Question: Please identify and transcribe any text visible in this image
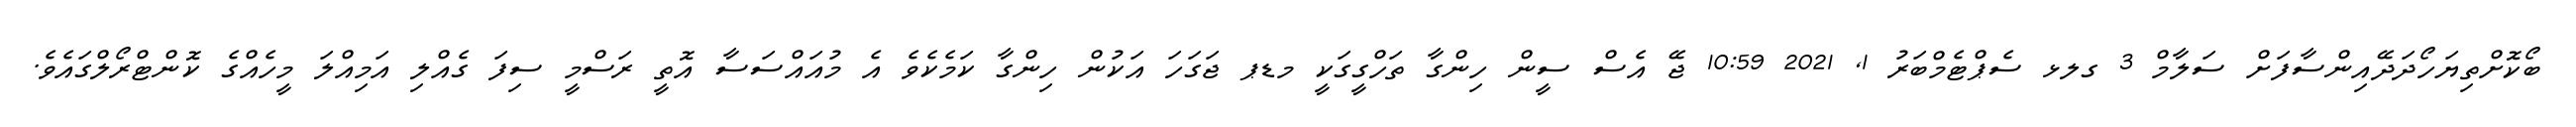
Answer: ބޯކޮށްތިޔަހޯދަދޭއިންސާފަށް ސަލާމް 3 ގލޅ ސެޕްޓެމްބަރު 1, 2021 10:59 ޖޭ އެސް ސީން ހިންގާ ތަހްގީގަކީ މޑޕ ޖަގަހަ އަކުން ހިންގާ ކަމެކެވެ އެ މުއައްސަސާ އޮތީ ރަސްމީ ސިފަ ގެއްލި އަމިއްލަ މީހެއްގެ ކޮންޓްރޯލްގައެވެ.